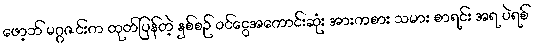
ဖော့ဘ် မဂ္ဂဇင်းက ထုတ်ပြန်တဲ့ နှစ်စဉ် ဝင်ငွေအကောင်းဆုံး အားကစား သမား စာရင်း အရ ပဲရစ်